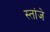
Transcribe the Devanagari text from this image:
स्तांजे